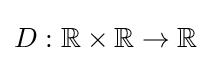
D:\mathbb {R} \times \mathbb {R} \to \mathbb {R}